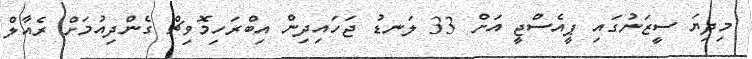
މިދިޔަ ސީޒަނުގައި ޕީއެސްޖީ އަށް 33 ލަނޑު ޖަހައިދިން އިބްރަހިމޮވިޗް ގެންދިއުމަށް ރެއާލް